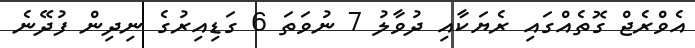
އެވްރެޖް ގޮތެއްގައި ރެޔަކާއި ދުވާލު 7 ނުވަތަ 6 ގަޑިއިރުގެ ނިދިން ފުދޭނެ